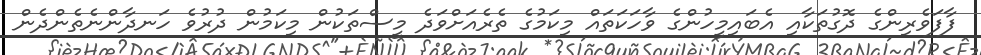
ފާފަވެރިންގެ ދޮގުތަކާއި އެބައިމީހުންގެ ވާހަކަތައް މިކަމުގެ ތެރެއަށްވަދެ މީސްތަކުން މިކަމުން ދުރުވެ ހަނދާންނެތެންދެން